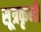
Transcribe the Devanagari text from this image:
सूत्रकृमी